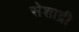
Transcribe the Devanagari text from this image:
सेशाद्री